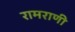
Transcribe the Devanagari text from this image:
रामराणी